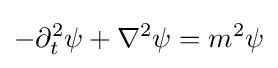
-\partial _{t}^{2}\psi +\nabla ^{2}\psi =m^{2}\psi